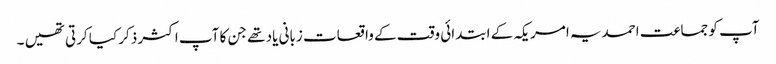
آپ کو جماعت احمدیہ امریکہ کے ابتدائی وقت کے واقعات زبانی یاد تھے جن کا آپ اکثر ذکر کیا کرتی تھیں ۔